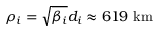
\rho _ { i } = \sqrt { \beta _ { i } } d _ { i } \approx 6 1 9 ~ \mathrm { k m }